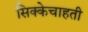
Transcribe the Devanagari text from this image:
सिक्केचाहती